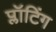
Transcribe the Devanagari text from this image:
प्लॉटिंग